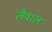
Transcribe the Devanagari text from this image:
लैवाल